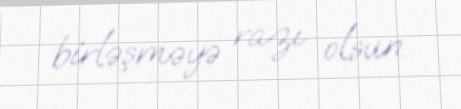
birləşməyə razı olsun.